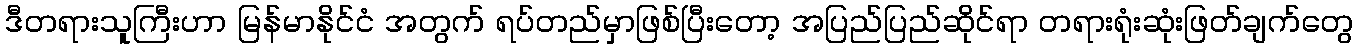
ဒီတရားသူကြီးဟာ မြန်မာနိုင်ငံ အတွက် ရပ်တည်မှာဖြစ်ပြီးတော့ အပြည်ပြည်ဆိုင်ရာ တရားရုံးဆုံးဖြတ်ချက်တွေ